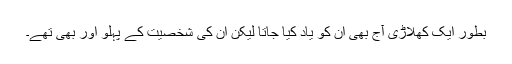
بطور ایک کھلاڑی آج بھی ان کو یاد کیا جاتا لیکن ان کی شخصیت کے پہلو اور بھی تھے۔